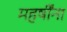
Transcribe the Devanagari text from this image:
महर्षींना